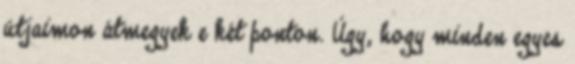
útjaimon átmegyek e két ponton. Úgy, hogy minden egyes